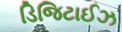
ડિજિટાઈઝ